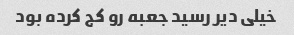
خیلی دیر رسید جعبه رو کج کرده بود